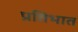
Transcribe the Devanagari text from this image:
प्रतिभात